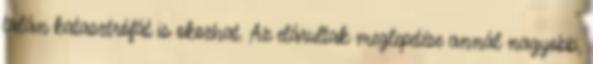
talán katasztrófát is okozhat. Az elárultak meglepetése annál nagyobb,